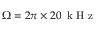
\Omega = 2 \pi \times 2 0 \, \mathrm { ~ k ~ H ~ z ~ }